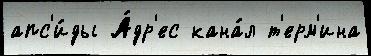
апс'и́ды А́др'ес кана́л т'ерм'ина